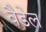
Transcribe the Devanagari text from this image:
वैडेल